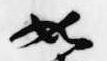
如